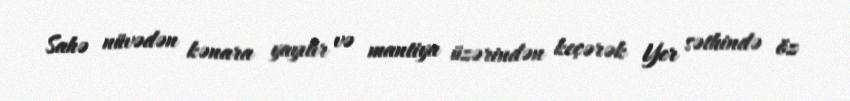
Sahə nüvədən kənara yayılır və mantiya üzərindən keçərək Yer səthində öz